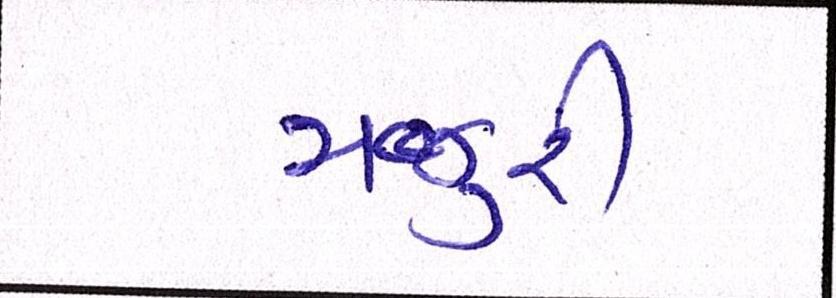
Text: મજુરી